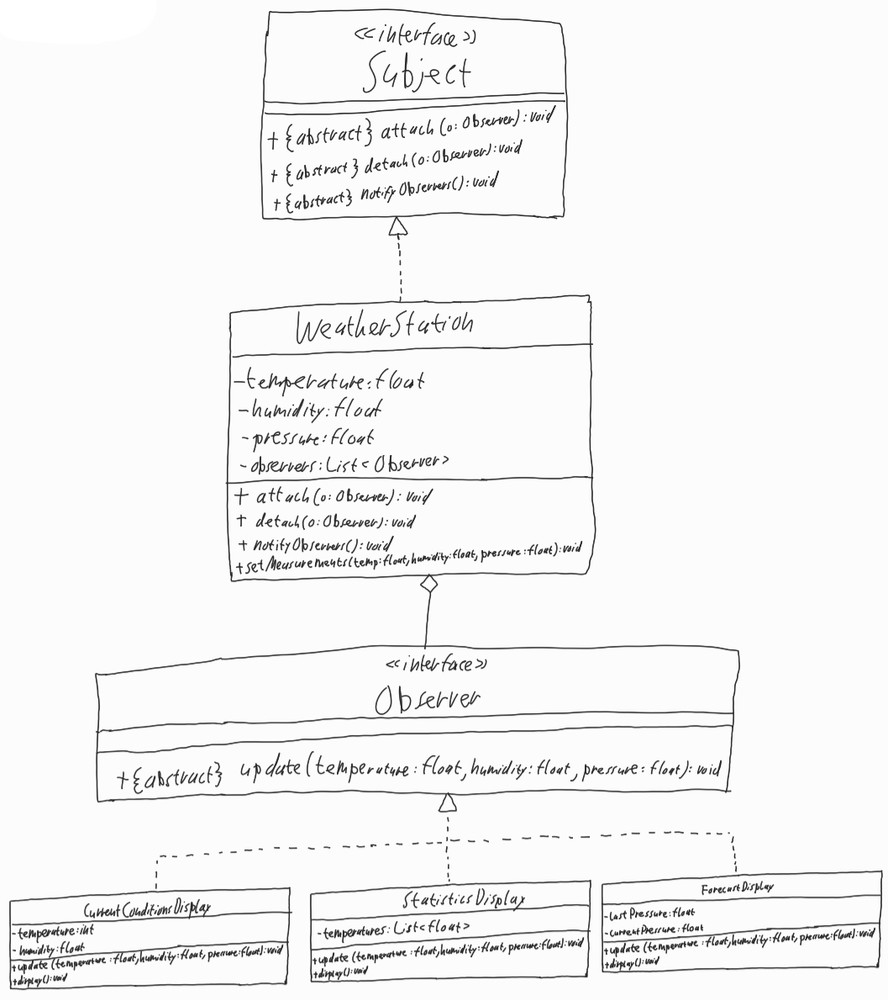
Diagram type: class_diagram
```plantuml
@startuml

interface Subject {
  + {abstract} attach(o: Observer): void
  + {abstract} detach(o: Observer): void
  + {abstract} notifyObservers(): void
}

class WeatherStation implements Subject{
  - temperature: float
  - humidity: float
  - pressure: float
  - observers: List<Observer>
  + attach(o: Observer): void
  + detach(o: Observer): void
  + notifyObservers(): void
  + setMeasurements(temp: float, humidity: float, pressure: float): void
}

interface Observer {
  + {abstract} update(temperature: float, humidity: float, pressure: float): void
}

class CurrentConditionDisplay implements Observer {
  - temperature: int
  - humidity: float
  + update(temperature: float, humidity: float, pressure: float): void
  + display(): void
}

class StatisticsDisplay  implements Observer {
  - temperatures: List<float>
  + update(temperature: float, humidity: float, pressure: float): void
  + display(): void
}

class ForecastDisplay implements Observer {
  - lastPressure: float
  - currentPressure: float
  + update(temperature: float, humidity: float, pressure: float): void
  + display(): void
}

WeatherStation o-- Observer

@enduml
```